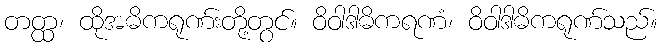
တတ္ထ၊ ထိုအဓိကရုဏ်းတို့တွင်။ ဝိဝါဒါဓိကရဏံ၊ ဝိဝါဒါဓိကရုဏ်သည်။